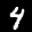
Label: 4